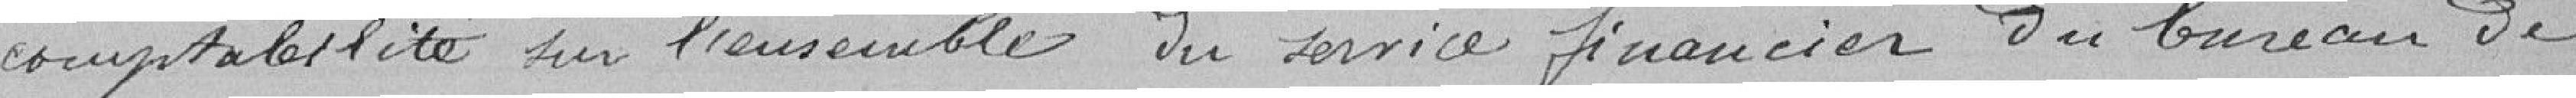
comptabilité sur l'ensemble du service financier du bureau de